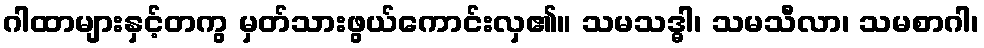
ဂါထာများနှင့်တကွ မှတ်သားဖွယ်ကောင်းလှ၏။ သမသဒ္ဓါ၊ သမသီလာ၊ သမစာဂါ၊